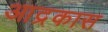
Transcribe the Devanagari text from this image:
आद्रकास